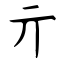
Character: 亓